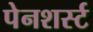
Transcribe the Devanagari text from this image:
पेनशर्स्ट